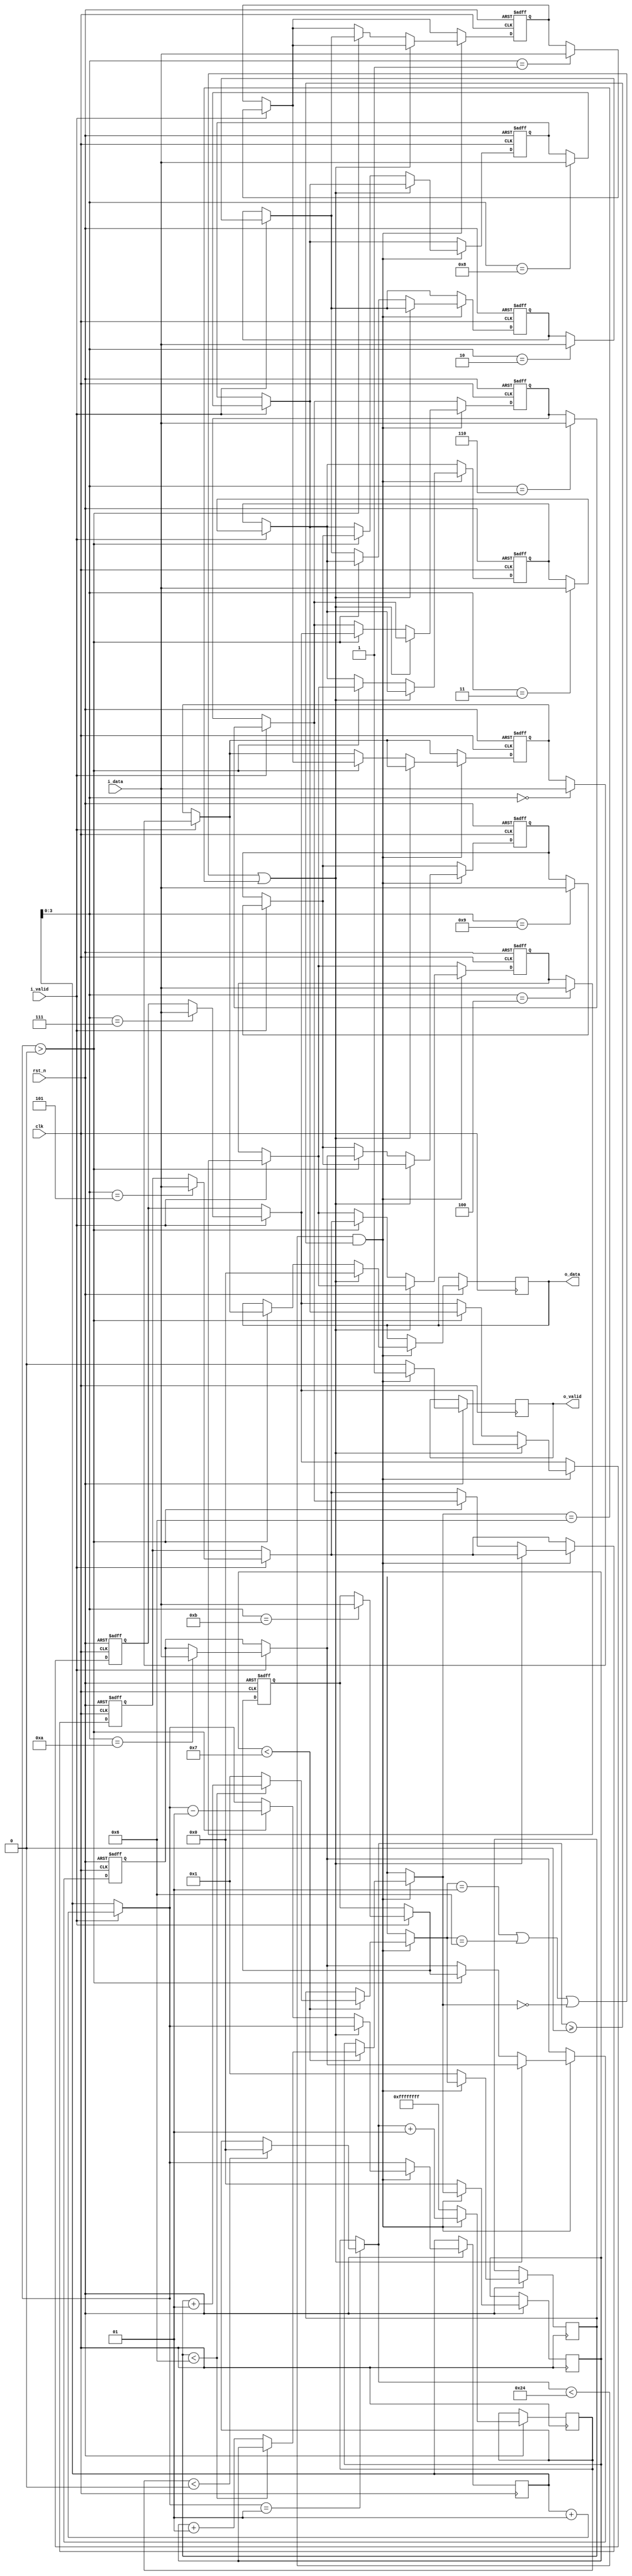
module fifo_padding_image 
	#(	parameter DATA_WIDTH = 32,
		parameter IMAGE_WIDTH = 4)
	(	clk,
		rst_n,
		i_valid,
		i_data,
		o_data,
		o_valid
	);

localparam IMAGE_OUT_WIDTH = IMAGE_WIDTH + 2;
//-----------input and output port-----------//
input 								clk;
input 								rst_n;
input 								i_valid;
input 		[DATA_WIDTH-1:0]	i_data;
output reg 	[DATA_WIDTH-1:0] 	o_data;
output reg 							o_valid;
//-------------------------------------------//

//---------------------------------------------------------//
reg 		[DATA_WIDTH-1:0] 	ram_in 	[0:IMAGE_WIDTH*3-1];
//---------------------------------------------------------//

//----------------//
integer col = 0;
integer row = 0;
integer i;
integer pixel_count = -1;
integer mem_count = 0;
//---------------------------------------------------------//
always @(posedge clk or negedge rst_n) begin
	if (!rst_n) begin
		for (i=0; i<IMAGE_WIDTH*3; i=i+1) begin
			ram_in[i] = 'd0;
		end
	end
	else begin
		if (i_valid) begin
			ram_in[mem_count] = i_data;
			mem_count = mem_count + 1;
		end
		if (mem_count == 1) begin
			if (pixel_count < 0) begin
				pixel_count = 0;
			end
		end
		if (pixel_count < IMAGE_OUT_WIDTH**2 && pixel_count >= 0) begin
			if (row < IMAGE_OUT_WIDTH+1) begin
				if (col < IMAGE_OUT_WIDTH) begin
					col = col + 1;
				end
				else begin
					col = 1;
					row = row + 1;
				end
			end
			if (col == 1 || col == IMAGE_OUT_WIDTH || row == 0 || row == IMAGE_OUT_WIDTH) begin	
				o_data <= 'd0;
			end
			else begin
				if (mem_count > 0) begin
					o_data <= ram_in[0];
					for (i=0; i<IMAGE_WIDTH*3-1; i=i+1) begin
						ram_in[i] = ram_in[i+1];
					end
					mem_count = mem_count - 1;
				end
			end
			pixel_count = pixel_count + 1;
			o_valid <= 1'b1;
		end
		else begin
			row = 0;
			col = 1;
			pixel_count = -1;
			o_valid <= 0;
		end
	end
end
//---------------------------------------------------------//

endmodule